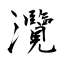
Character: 灠